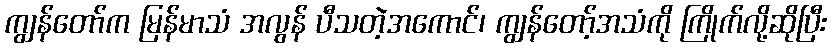
ကျွန်တော်က မြန်မာသံ အလွန် ပီသတဲ့အကောင်၊ ကျွန်တော့်အသံကို ကြိုက်လို့ဆိုပြီး